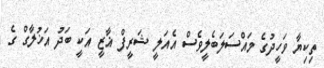
ތިކިޔާ ވަހީދުގެ މައްސަލަބެލީވެސް އެެއަލީ ޝަރީފް ޣާޒީ އަކީ ބަދު އަޚުލާގް ގެ